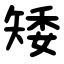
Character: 矮